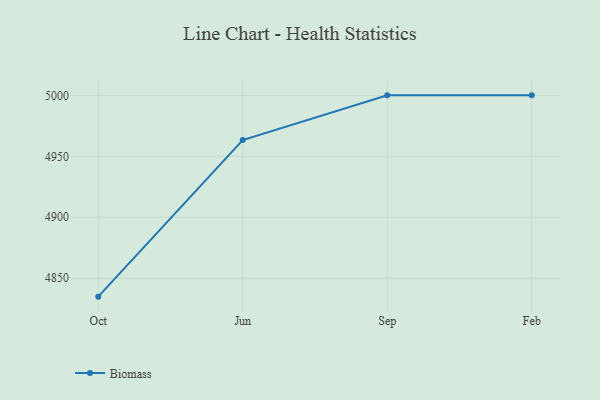
{"axis": {"x": "Month", "y": "Bounce Rate (%)"}, "legend": ["Biomass"], "data": [{"x": "Oct", "y": 4834.9, "type": "Biomass"}, {"x": "Jun", "y": 4963.3, "type": "Biomass"}, {"x": "Sep", "y": 5000, "type": "Biomass"}, {"x": "Feb", "y": 5000, "type": "Biomass"}]}